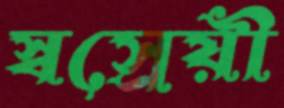
স্বস্রেয়ী